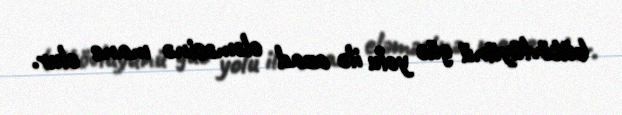
bütövlüyünü güc yolu ilə azad eləməsinə mane olur.